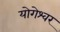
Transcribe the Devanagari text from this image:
योगेश्‍वर